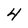
Character: 4